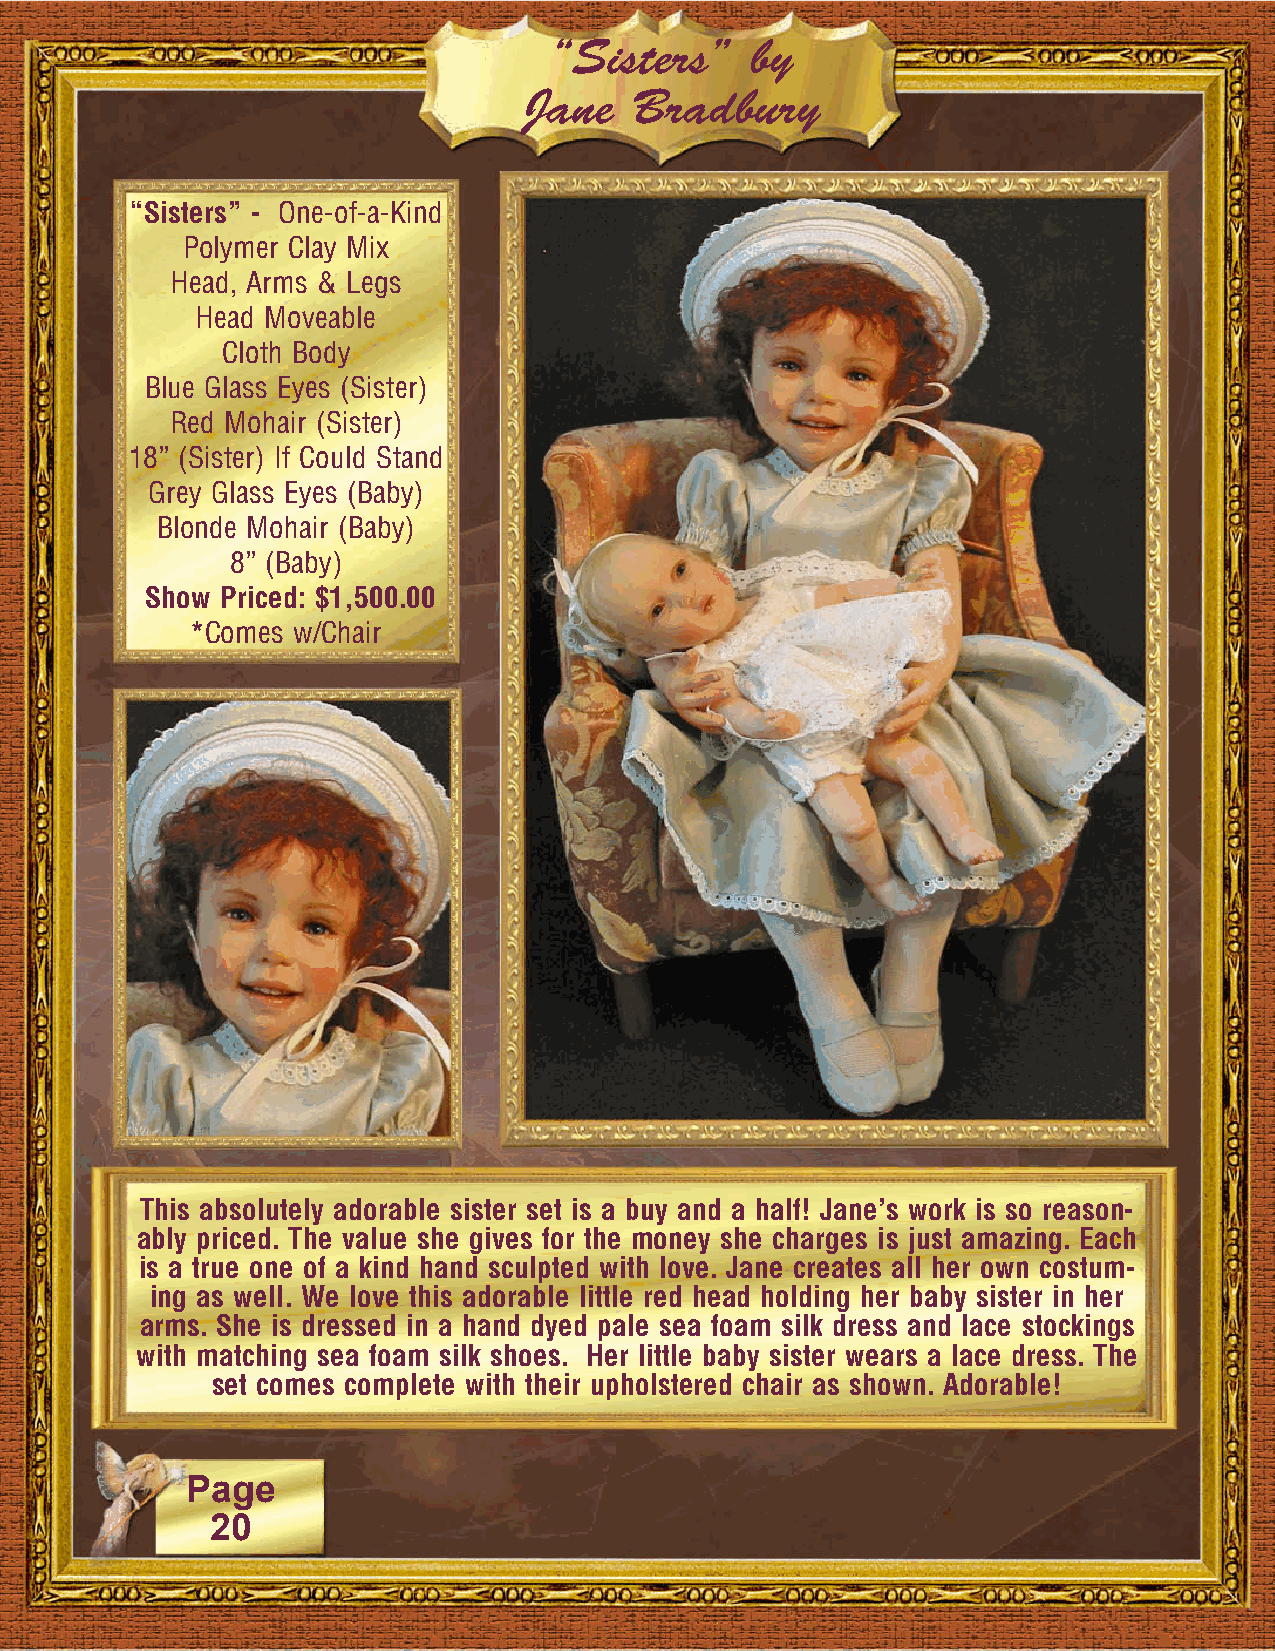
“Sisters”     by
 Jane   Bradbury
 “Sisters” - One-of-a-Kind
 Polymer Clay Mix
 Head, Arms & Legs
 Head Moveable
 Cloth Body
 Blue Glass Eyes (Sister)
 Red Mohair (Sister)
 18” (Sister) If Could Stand
 Grey Glass Eyes (Baby)
 Blonde Mohair (Baby)
 8” (Baby)
 Show Priced: $1,500.00
 *Comes w/Chair
 This absolutely adorable sister set is a buy and a half! Jane’s work is so reason-
 ably priced. The value she gives for the money she charges is just amazing. Each
 is a true one of a kind hand sculpted with love. Jane creates all her own costum-
 ing as well. We love this adorable little red head holding her baby sister in her
 arms. She is dressed in a hand dyed pale sea foam silk dress and lace stockings
 with matching sea foam silk shoes. Her little baby sister wears a lace dress. The
 set comes complete with their upholstered chair as shown. Adorable!
 Page
 20